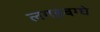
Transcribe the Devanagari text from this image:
लगड़बग्घे